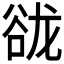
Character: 𰶑